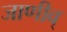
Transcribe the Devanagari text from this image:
जाणीव्